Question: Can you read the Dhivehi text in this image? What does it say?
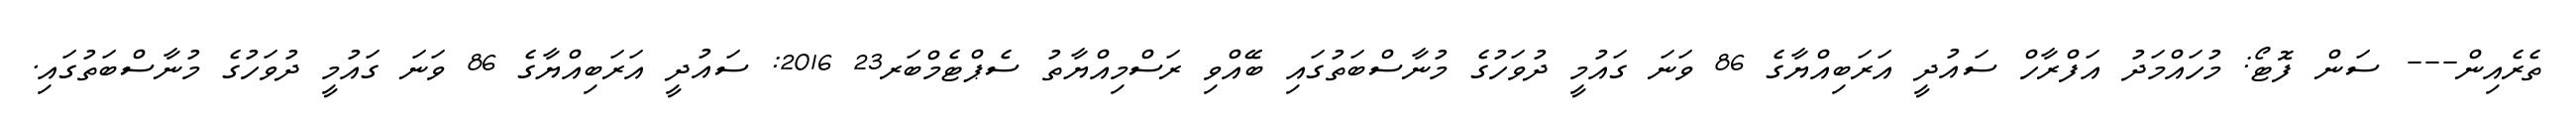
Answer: ތެރެއިން--- ސަން ފޮޓޯ: މުހައްމަދު އަފްރާހް ސައުދީ އަރަބިއްޔާގެ 86 ވަނަ ގައުމީ ދުވަހުގެ މުނާސްބަތުގައި ބޭއްވި ރަސްމިއްޔާތު ސެޕްޓެމްބަރ23 2016: ސައުދީ އަރަބިއްޔާގެ 86 ވަނަ ގައުމީ ދުވަހުގެ މުނާސްބަތުގައި.